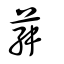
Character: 荈